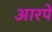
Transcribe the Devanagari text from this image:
आरपें